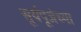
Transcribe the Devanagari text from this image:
सूर्यपूजेच्या